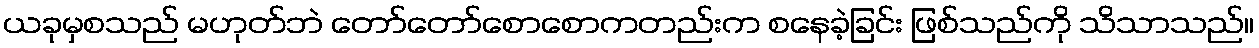
ယခုမှစသည် မဟုတ်ဘဲ တော်တော်စောစောကတည်းက စနေခဲ့ခြင်း ဖြစ်သည်ကို သိသာသည်။